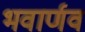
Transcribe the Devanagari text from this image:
भवार्णव